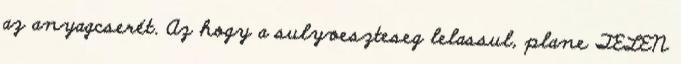
az anyagcserét. Az hogy a sulyveszteseg lelassul, plane TELEN